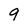
Character: 9